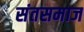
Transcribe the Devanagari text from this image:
संतसमाज